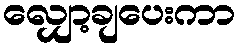
လျှော့ချပေးကာ